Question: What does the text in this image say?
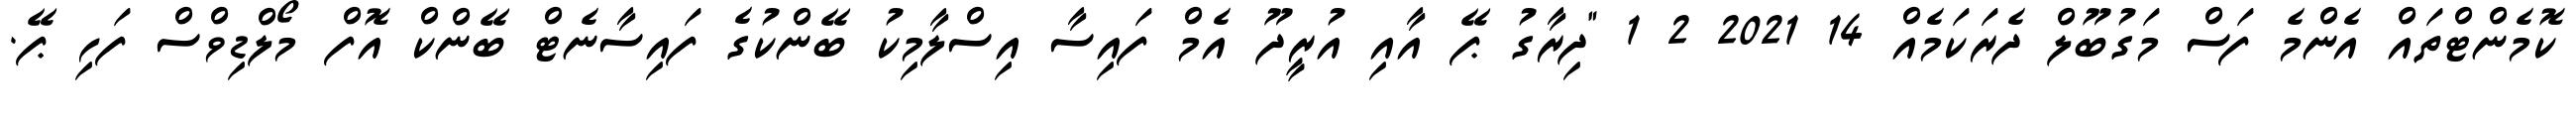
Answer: ކޮމެންޓްތައް އެންމެ ފަސް މަގުބޫލް ދެރަކަމެއް 14 2021 2 1 "ދިރާގު ޕޭ އާއި އުރީދޫ އެމް ފައިސާ އިސްލާމިކު ބޭންކުގެ ފައިސާނެޓް ބޭންކް އޮފް މޯލްޑިވްސް ފަހި ޕޭ.